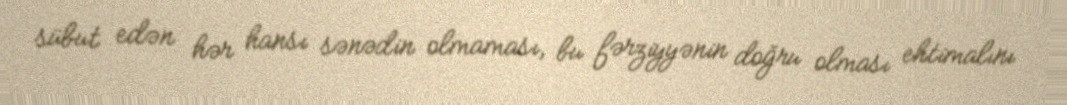
sübut edən hər hansı sənədin olmaması, bu fərziyyənin doğru olması ehtimalını